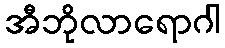
အီဘိုလာရောဂါ